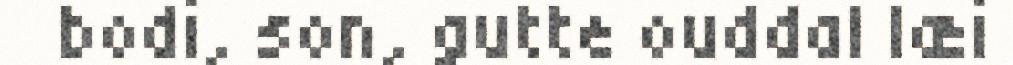
bodi, son, gutte ouddal læi